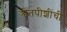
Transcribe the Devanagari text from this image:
श्वेतपीशींची